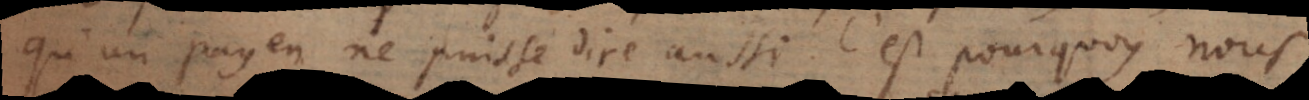
qu’un payen ne puisse dire aussi. C’est pourquoy nous